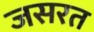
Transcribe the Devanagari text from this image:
जसरत